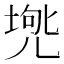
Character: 𠒟